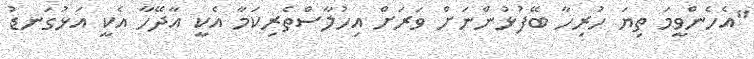
"އެހެންވީމަ ތިޔަ ހުރިހާ ބޭފުޅުންނަށް ވަރަށް އިިހުލާސްތެރިކަމާ އެކީ އާދޭހާ އެކީ އަޅުގަނޑު